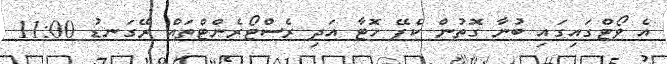
އެ ވޯޓްގައިގައި ބުނާ ގޮތުން ކެފޭ ހޮޓާ އަދި ރެސްޓޯރެންޓްތައް ރޭގަނޑު 11:00